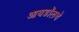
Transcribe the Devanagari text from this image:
आयडॉलचे